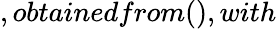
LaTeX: ,obtainedfrom(),with